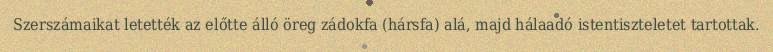
Szerszámaikat letették az előtte álló öreg zádokfa (hársfa) alá, majd hálaadó istentiszteletet tartottak.